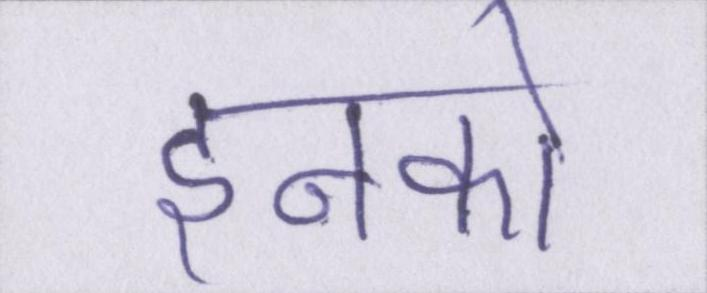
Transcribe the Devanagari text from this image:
इनको